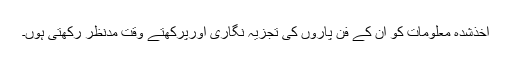
اخذشدہ معلومات کو ان کے فن پاروں کی تجزیہ نگاری اورپرکھتے وقت مدنظر رکھتی ہوں۔